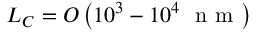
L _ { C } = O \left( 1 0 ^ { 3 } - 1 0 ^ { 4 } ~ \mathrm { ~ n ~ m ~ } \right)